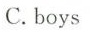
C.boys